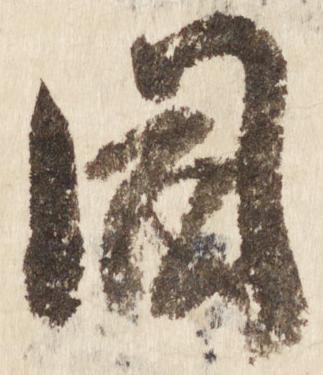
同